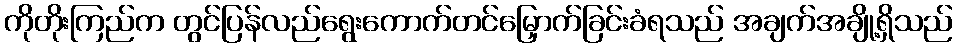
ကိုတိုးကြည်က တွင်ပြန်လည်ရွေးကောက်တင်မြှောက်ခြင်းခံရသည် အချက်အချို့ရှိသည်